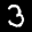
Label: 3